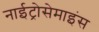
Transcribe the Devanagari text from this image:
नाईट्रोसेमाइंस